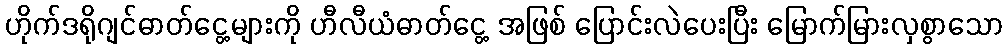
ဟိုက်ဒရိုဂျင်ဓာတ်ငွေ့များကို ဟီလီယံဓာတ်ငွေ့ အဖြစ် ပြောင်းလဲပေးပြီး မြောက်မြားလှစွာသော